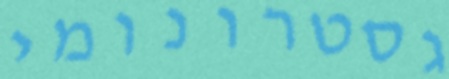
גסטרונומי